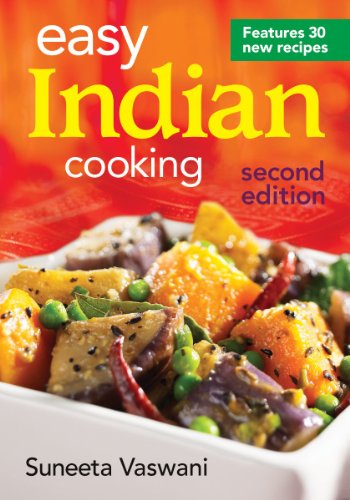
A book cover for Easy Indian Cooking; Suneeta Vaswani; Cookbooks, Food & Wine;